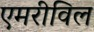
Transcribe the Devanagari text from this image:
एमरीविल